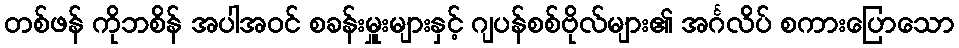
တစ်ဖန် ကိုဘစိန် အပါအဝင် စခန်းမှူးများနှင့် ဂျပန်စစ်ဗိုလ်များ၏ အင်္ဂလိပ် စကားပြောသော